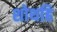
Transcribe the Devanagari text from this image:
शोथहि